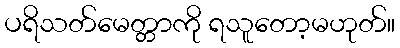
ပရိသတ်မေတ္တာကို ရသူတော့မဟုတ်။